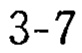
$3 - 7$